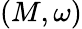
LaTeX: (M,\omega)